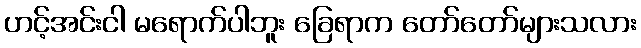
ဟင့်အင်းငါ မရောက်ပါဘူး ခြေရာက တော်တော်များသလား